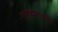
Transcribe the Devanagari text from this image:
मनुष्यरूपानेच